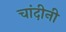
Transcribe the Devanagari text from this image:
चांदीनी